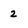
Character: 2